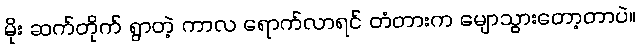
မိုး ဆက်တိုက် ရွာတဲ့ ကာလ ရောက်လာရင် တံတားက မျောသွားတော့တာပဲ။